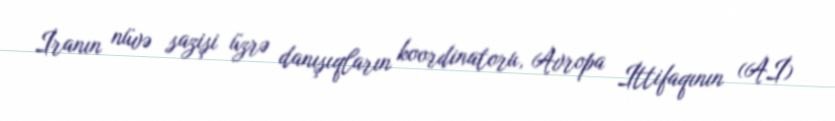
İranın nüvə sazişi üzrə danışıqların koordinatoru, Avropa İttifaqının (Aİ)